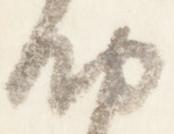
納